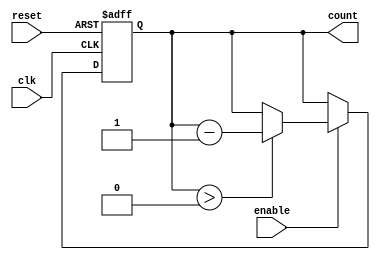
module binary_down_counter (
    input wire clk,          // Clock input
    input wire reset,        // Asynchronous reset
    input wire enable,       // Enable counting
    output reg [N-1:0] count // Current count value (N bits wide)
);
    
    parameter N = 3; // Define the number of bits for the counter (3 for a 3-bit counter)
    
    // Counter logic
    always @(posedge clk or posedge reset) begin
        if (reset) begin
            count <= (1 << N) - 1; // Initialize count to maximum value (2^N - 1)
        end else if (enable) begin
            if (count > 0) begin
                count <= count - 1; // Decrement the count
            end
            // If count is 0, it remains at 0 (no underflow)
        end
    end

endmodule